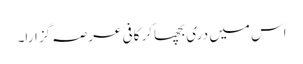
اس میں دری بچھاکر کافی عرصہ گزارا۔